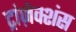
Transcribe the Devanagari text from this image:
ट्रांज़ेक्शंस